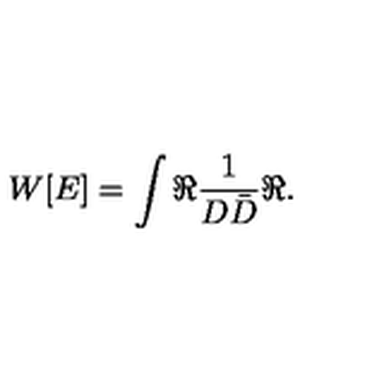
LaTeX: W [ E ] = \int \Re \frac { 1 } { D \bar { D } } \Re .